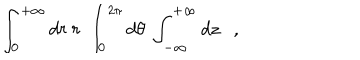
\int _ { 0 } ^ { + \infty } d r \ r \ \int _ { 0 } ^ { 2 \pi } d \theta \ \int _ { - \infty } ^ { + \infty } d z \ \ \ ,